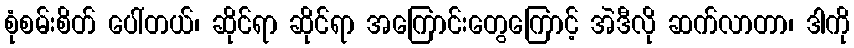
စုံစမ်းစိတ် ပေါ်တယ်၊ ဆိုင်ရာ ဆိုင်ရာ အကြောင်းတွေကြောင့် အဲဒီလို ဆက်လာတာ၊ ဒါကို